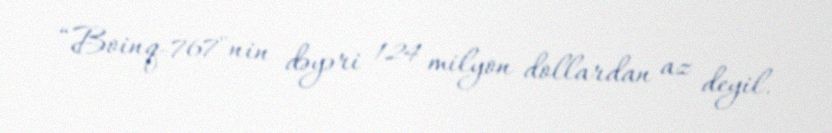
“Boinq-767"nin dəyəri 124 milyon dollardan az deyil.